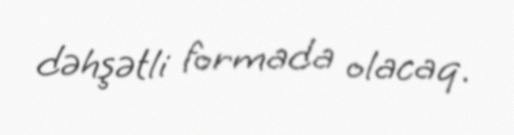
dəhşətli formada olacaq.